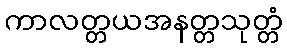
ကာလတ္တယအနတ္တသုတ္တံ